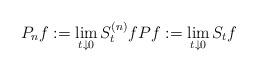
LaTeX: \begin{align*} P_n f := \lim_{t\downarrow 0} S_t^{(n)} f Pf := \lim_{t\downarrow 0} S_t f\end{align*}